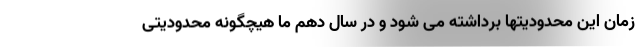
زمان این محدودیتها برداشته می شود و در سال دهم ما هیچگونه محدودیتی